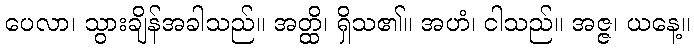
ပေလာ၊ သွားချိန်အခါသည်။ အတ္ထိ၊ ရှိသ၏။ အဟံ၊ ငါသည်။ အဇ္ဇ၊ ယနေ့။